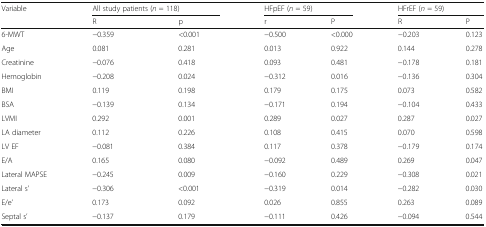
<table><thead><tr><td rowspan="2"><b>Variable</b></td><td colspan="2"><b>All study patients (<i>n</i> = 118)</b></td><td colspan="2"><b>HFpEF (<i>n</i> = 59)</b></td><td colspan="2"><b>HFrEF (<i>n</i> = 59)</b></td></tr><tr><td><b>R</b></td><td><b>p</b></td><td><b>r</b></td><td><b>P</b></td><td><b>R</b></td><td><b>P</b></td></tr></thead><tbody><tr><td>6-MWT</td><td>−0.359</td><td>&lt;0.001</td><td>−0.500</td><td>&lt;0.000</td><td>−0.203</td><td>0.123</td></tr><tr><td>Age</td><td>0.081</td><td>0.281</td><td>0.013</td><td>0.922</td><td>0.144</td><td>0.278</td></tr><tr><td>Creatinine</td><td>−0.076</td><td>0.418</td><td>0.093</td><td>0.481</td><td>−0.178</td><td>0.181</td></tr><tr><td>Hemoglobin</td><td>−0.208</td><td>0.024</td><td>−0.312</td><td>0.016</td><td>−0.136</td><td>0.304</td></tr><tr><td>BMI</td><td>0.119</td><td>0.198</td><td>0.179</td><td>0.175</td><td>0.073</td><td>0.582</td></tr><tr><td>BSA</td><td>−0.139</td><td>0.134</td><td>−0.171</td><td>0.194</td><td>−0.104</td><td>0.433</td></tr><tr><td>LVMI</td><td>0.292</td><td>0.001</td><td>0.289</td><td>0.027</td><td>0.287</td><td>0.027</td></tr><tr><td>LA diameter</td><td>0.112</td><td>0.226</td><td>0.108</td><td>0.415</td><td>0.070</td><td>0.598</td></tr><tr><td>LV EF</td><td>−0.081</td><td>0.384</td><td>0.117</td><td>0.378</td><td>−0.179</td><td>0.174</td></tr><tr><td>E/A</td><td>0.165</td><td>0.080</td><td>−0.092</td><td>0.489</td><td>0.269</td><td>0.047</td></tr><tr><td>Lateral MAPSE</td><td>−0.245</td><td>0.009</td><td>−0.160</td><td>0.229</td><td>−0.308</td><td>0.021</td></tr><tr><td>Lateral s’</td><td>−0.306</td><td>&lt;0.001</td><td>−0.319</td><td>0.014</td><td>−0.282</td><td>0.030</td></tr><tr><td>E/e’</td><td>0.173</td><td>0.092</td><td>0.026</td><td>0.855</td><td>0.263</td><td>0.089</td></tr><tr><td>Septal s’</td><td>−0.137</td><td>0.179</td><td>−0.111</td><td>0.426</td><td>−0.094</td><td>0.544</td></tr></tbody></table>